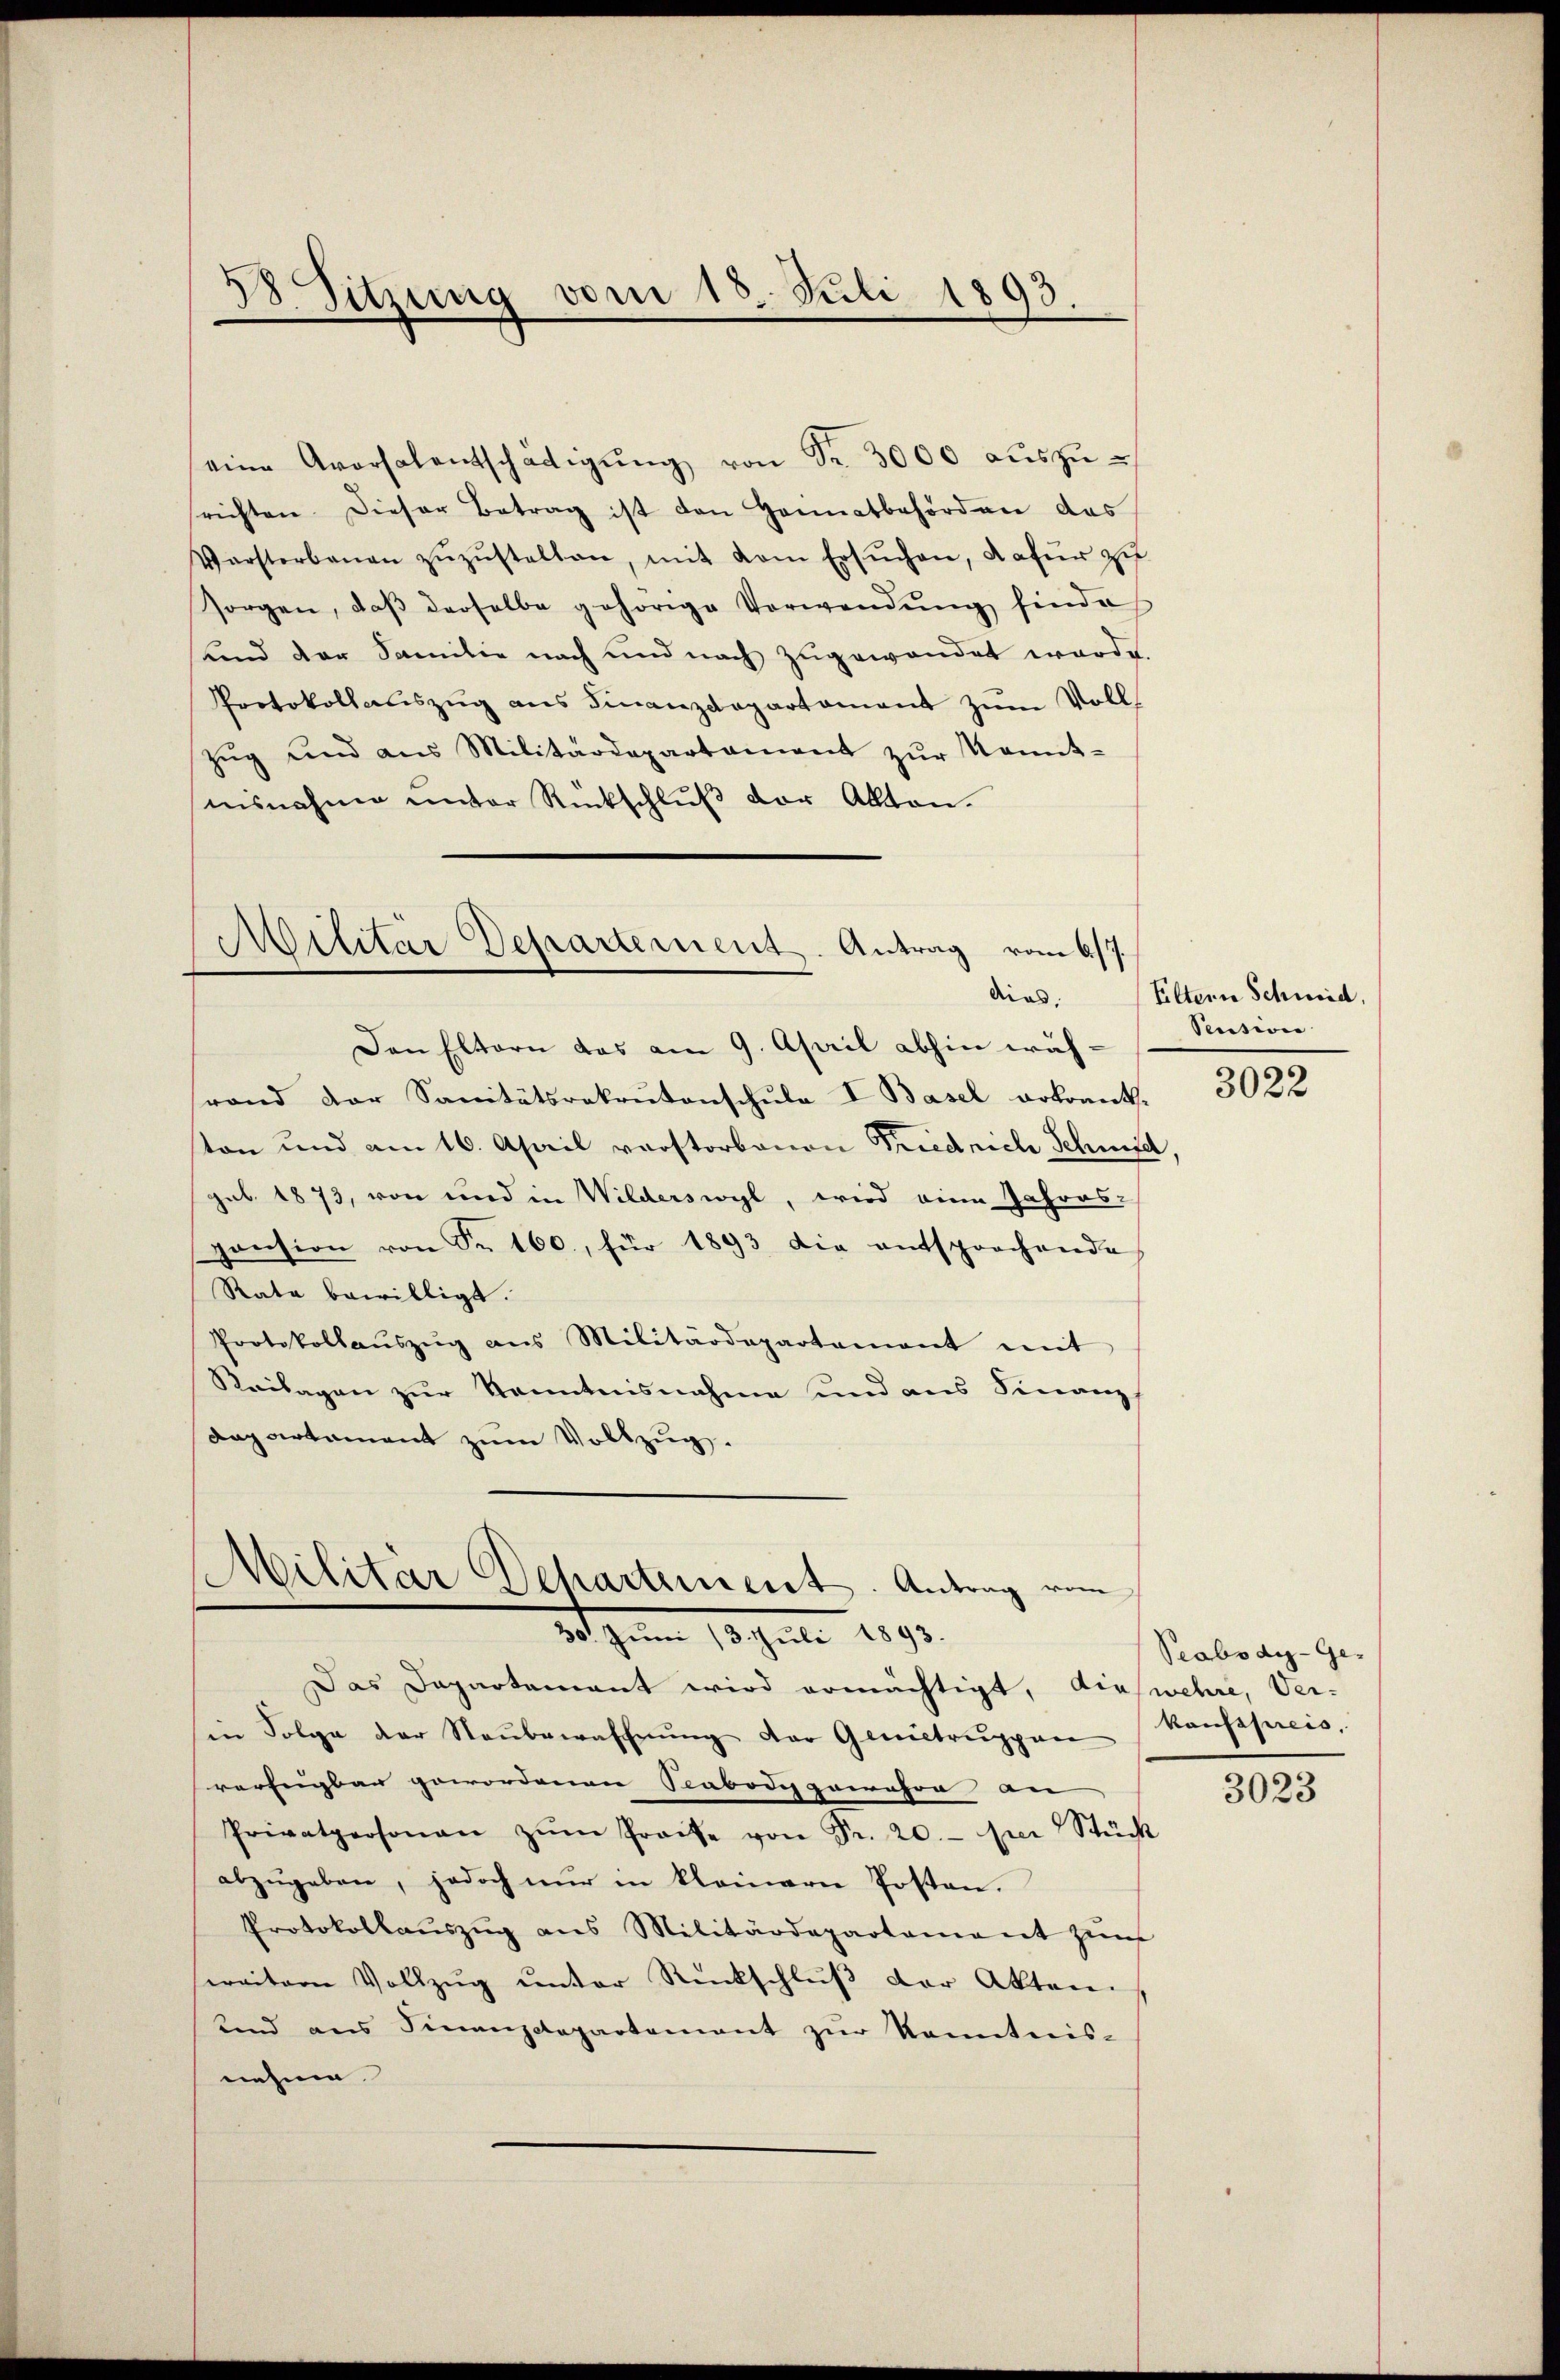
eine Aversalentschädigŭng von Fr. 3000 aŭszŭ-
srichten. Dieser Betrag ist den Hannatbehörden das
Verstorbenen zŭzŭstellten, mit dem Ersŭchen, dafür zu
sorgen, daβ derselbe gehörige Verwendŭng finde
und der Familie nach und nach zugewandet werde.
Protokollaŭszŭg ans Finanzdepartament zŭm Voll-
Zug und aus Militärdepartament zŭr Kennt-
nisnahme unter Rückschlŭβ der Akten.

2
iung vom 18. Juli 1893.

Militär Departement. Antrag vom 6/7.
dies,

Den Eltern das am 9. April abhin wäh-
rand der Sanitätsrekrutenschule I Basel erkrant.
ton und am 16. April vorstorbenen Friedrich Schmid,
gub. 1873, von und in Wilderswyl, wird eine Jahres-
pension von Fr. 100., für 1893 die entsprochende
Rata bewilligt.
Protokollaŭszŭg ans Militärdepartament mit
Reilagen zur Kenntnisnahme und aus Finanz
departament zum Vollzug.

g
Militär Departement. Antrag vom
3. zum 18. Juli 1893.

Das Dapartenant wird ermächtigt, dies wehre, Ver-
in Folge der Neŭbewaffnŭng der Genitrŭppen
verfügbar gewordenen Sabody gewehre an- |
Privatpersonaŭ zŭm Preise von Fr. 20.- per Stück
abzŭgeben, jedoch nŭr in kleinern Posten.
Protokollauszug aus Militärdepartament zŭm
weitern Vollzŭg ŭnter Rückschlŭβ der Akten.
und ans Finanzdepartement zŭr Kenntnis-
nehme.

Eltern Schweid,
Pension
3022

Peabodig-Ge-
kaufspreis,

3023